Report of the Indian Hemp Drugs Commission, 1894-1895 - Volume IV
Year: 1894
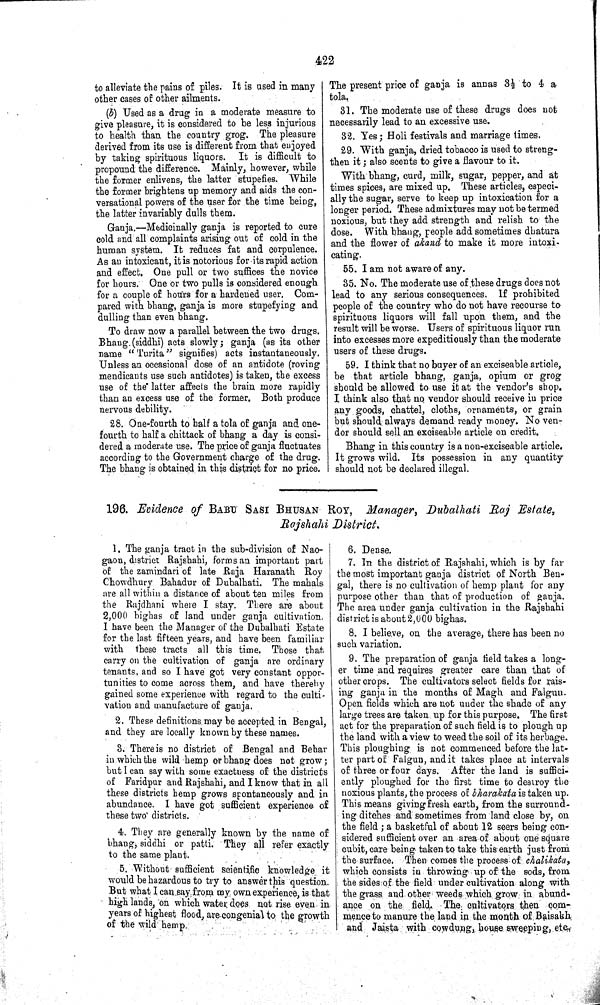
422
to alleviate the pains of piles. It is used in many
other cases of other ailments.
(b) Used as a drug in a moderate measure to
give pleasure, it is considered to be less injurious
to health than the country grog. The pleasure
derived from its use is different from that enjoyed
by taking spirituous liquors. It is difficult to
propound the difference. Mainly, however, while
the former enlivens, the latter stupefies. While
the former brightens up memory and aids the con-
versational powers of the user for the time being,
the latter invariably dulls them.
Ganja.—Medicinally ganja is reported to cure
cold and all complaints arising out of cold in the
human system. It reduces fat and corpulence.
As an intoxicant, it is notorious for its rapid action
and effect. One pull or two suffices the novice
for hours. One or two pulls is considered enough
for a couple of hours for a hardened user. Com-
pared with bhang, ganja is more stupefying and
dulling than even bhang.
To draw now a parallel between the two drugs.
Bhang (siddhi) acts slowly; ganja (as its other
name "Turita" signifies) acts instantaneously.
Unless an occasional dose of an antidote (roving
mendicants use such antidotes) is taken, the excess
use of the latter affects the brain more rapidly
than an excess use of the former. Both produce
nervous debility.
28. One-fourth to half a tola of ganja and one-
fourth to half a chittack of bhang a day is consi-
dered a moderate use. The price of ganja fluctuates
according to the Government charge of the drug.
The bhang is obtained in this district for no price.
The present price of ganja is annas 3½ to 4 a
tola.
31. The moderate use of these drugs does not
necessarily lead to an excessive use.
32. Yes; Holi festivals and marriage times.
29. With ganja, dried tobacco is used to streng-
then it; also scents to give a flavour to it.
With bhang, curd, milk, sugar, pepper, and at
times spices, are mixed up. These articles, especi-
ally the sugar, serve to keep up intoxication for a
longer period. These admixtures may not be termed
noxious, but they add strength and relish to the
dose. With bhang, people add sometimes dhatura
and the flower of akand to make it more intoxi-
cating.
55. I am not aware of any.
35. No. The moderate use of these drugs does not
lead to any serious consequences. If prohibited
people of the country who do not have recourse to
spirituous liquors will fall upon them, and the
result will be worse. Users of spirituous liquor run
into excesses more expeditiously than the moderate
users of these drugs.
59. I think that no buyer of an exciseable article,
be that article bhang, ganja, opium or grog
should be allowed to use it at the vendor's shop.
I think also that no vendor should receive in price
any goods, chattel, cloths, ornaments, or grain
but should always demand ready money. No ven-
dor should sell an exciseable article on credit.
Bhang in this country is a non-exciseable article.
It grows wild. Its possession in any quantity
should not be declared illegal.
196. Evidence of BABU SASI BHUSAN ROY, Manager, Dubalhati Raj Estate,
Rajshahi
District.
1. The ganja tract in the sub-division of Nao-
gaon, district Rajshahi, forms an important part
of the zamindari of late Raja Haranath Roy
Chowdhury Bahadur of Dubalhati. The mahals
are all within a distance of about ten miles from
the Rajdhani where I stay. There are about
2,000 bighas of land under ganja cultivation.
I have been the Manager of the Dubalhati Estate
for the last fifteen years, and have been familiar
with these tracts all this time. Those that
carry on the cultivation of ganja are ordinary
tenants, and so I have got very constant oppor-
tunities to come across them, and have thereby
gained some experience with regard to the culti-
vation and manufacture of ganja.
2. These definitions may be accepted in Bengal,
and they are locally known by these names.
3. There is no district of Bengal and Behar
in which the wild hemp or bhang does not grow;
but I can say with some exactness of the districts
of Faridpur and Rajshahi, and I know that in all
these districts hemp grows spontaneously and in
abundance. I have got sufficient experience of
these two districts.
4. They are generally known by the name of
bhang, siddhi or patti. They all refer exactly
to the same plant.
5. Without sufficient scientific knowledge it
would be hazardous to try to answer this question.
But what I can say from my own experience, is that
high lands, on which water does not rise even in
years of highest flood, are congenial to the growth
of the wild hemp.
6. Dense.
7. In the district of Rajshahi, which is by far
the most important ganja district of North Ben-
gal, there is no cultivation of hemp plant for any
purpose other than that of production of ganja.
The area under ganja cultivation in the Rajshahi
district is about 2,000 bighas.
8. I believe, on the average, there has been no
such variation.
9. The preparation of ganja field takes a long-
er time and requires greater care than that of
other crops. The cultivators select fields for rais-
ing ganja in the months of Magh and Falgun.
Open fields which are not under the shade of any
large trees are taken up for this purpose. The first
act for the preparation of such field is to plough up
the land with a view to weed the soil of its herbage.
This ploughing is not commenced before the lat-
ter part of Falgun, and it takes place at intervals
of three or four days. After the land is suffici-
ently ploughed for the first time to destroy the
noxious plants, the process of bharakata is taken up.
This means giving fresh earth, from the surround-
ing ditches and sometimes from land close by, on
the field; a basketful of about 12 seers being con-
sidered sufficient over an area of about one square
cubit, care being taken to take this earth just from
the surface. Then comes the process of chalikata,
which consists in throwing up of the sods, from
the sides of the field under cultivation along with
the grass and other weeds which grow in abund-
ance on the field. The cultivators then com-
mence to manure the land in the month of Baisakh
and Jaista with cowdung, house sweeping, etc.